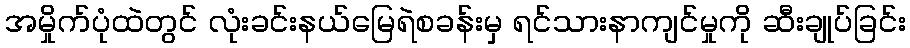
အမှိုက်ပုံထဲတွင် လုံးခင်းနယ်မြေရဲစခန်းမှ ရင်သားနာကျင်မှုကို ဆီးချုပ်ခြင်း